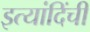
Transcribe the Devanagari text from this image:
इत्यांदिंची